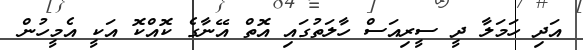
އަދި ހަމަލާ ދީ ސީރިއަސް ހާލަތުގައި އޮތް އޭނާގެ ކޮއްކޮ އަކީ އެމީހުން